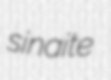
sinaite